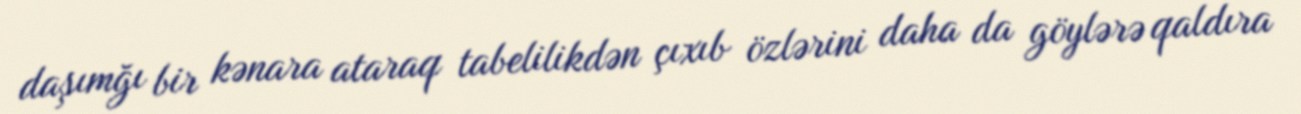
daşımğı bir kənara ataraq tabelilikdən çıxıb özlərini daha da göylərə qaldıra